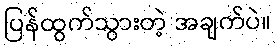
ပြန်ထွက်သွားတဲ့ အချက်ပဲ။